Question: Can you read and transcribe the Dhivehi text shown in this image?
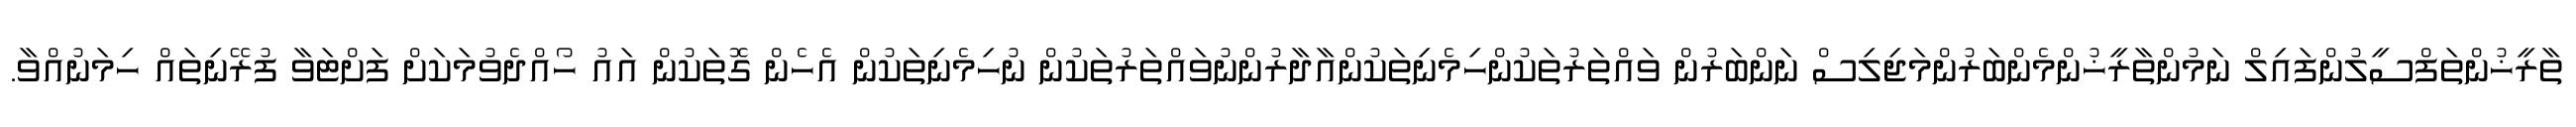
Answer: ތާރީޚުންތަފްސީލުންފައިލް ނަމުންތާރީޚުންމެންބަރުންމަޖިލިސް ނަންބަރުން ވައްތަރުތަކުންހިމެނިތަކުންއާދާރުންނުވައްތަރުތަކުން ނުހިމެނިތަކުން އެހެން ގޮތަކުން އައު ހޯއްދެވުމަކަށް ފަށްޓަވާ ފުރޭނިތައް ހިމަނުއްވާ.